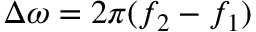
\Delta \omega = 2 \pi ( f _ { 2 } - f _ { 1 } )